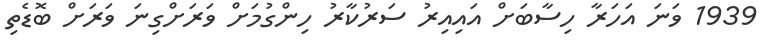
1939 ވަނަ އަހަރާ ހިސާބަށް އައިއިރު ސަރުކާރު ހިންގުމަށް ވަރަށްގިނަ ވަރަށް ބޮޑެތި